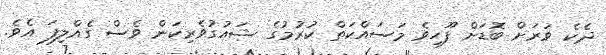
ދެކެ ވަރަށް ބޮޑަށް ފޫހިވެ މަސައްކަތް ކުރުމުގެ ޝައުގުވެރިކަން ވެސް ގެއްލިފަ އެވެ.